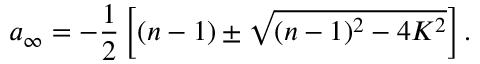
a _ { \infty } = - \frac 1 2 \left[ ( n - 1 ) \pm \sqrt { ( n - 1 ) ^ { 2 } - 4 K ^ { 2 } } \right] .